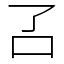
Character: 叾